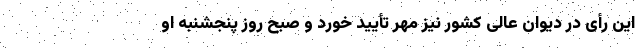
این رأی در دیوان ‌عالی کشور نیز مهر تأیید خورد و صبح روز پنجشنبه او